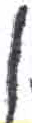
אות: ן